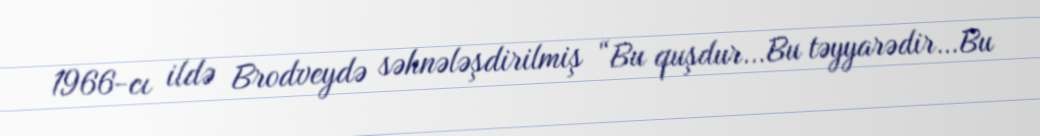
1966-cı ildə Brodveydə səhnələşdirilmiş “Bu quşdur…Bu təyyarədir…Bu